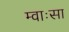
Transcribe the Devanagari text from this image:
म्वाःसा